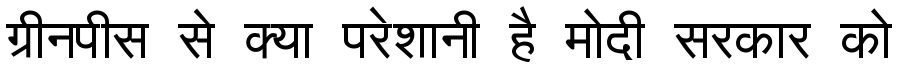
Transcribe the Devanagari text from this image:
ग्रीनपीस से क्या परेशानी है मोदी सरकार को